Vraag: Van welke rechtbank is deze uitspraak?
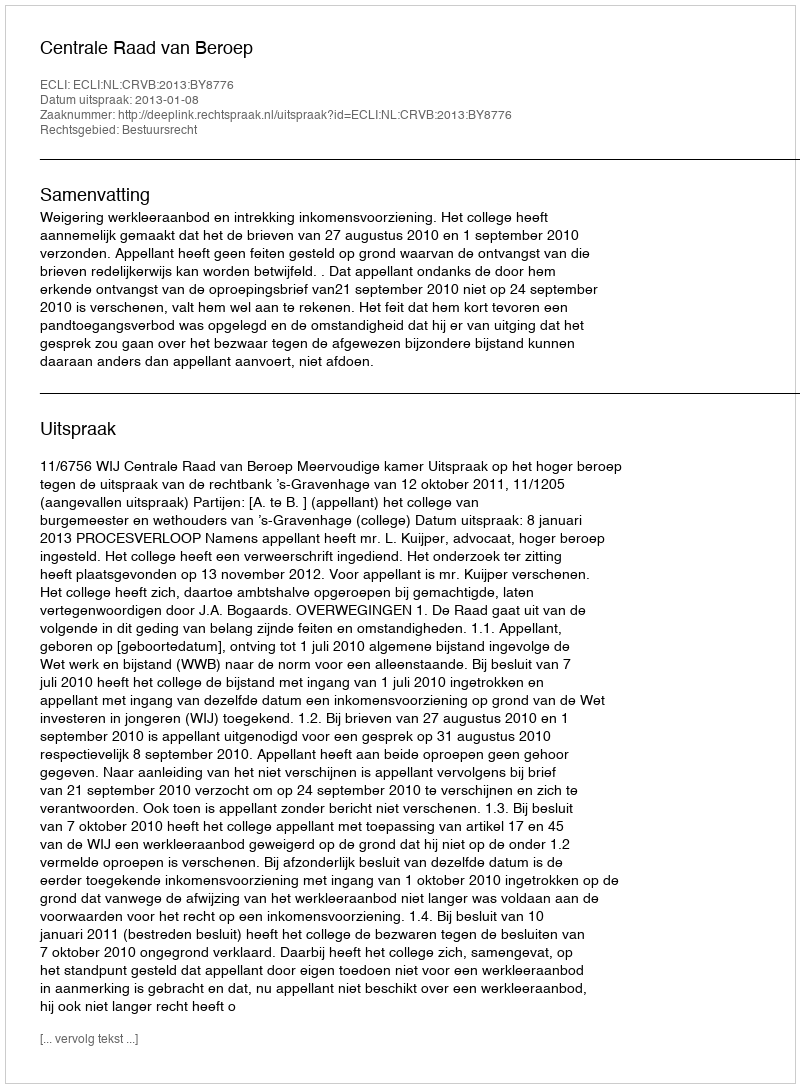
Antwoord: Centrale Raad van Beroep